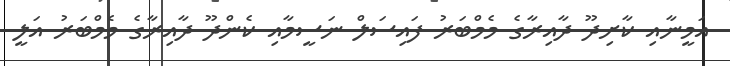
އަމީނާއި ކާށިދޫ ދާއިރާގެ މެމްބަރު ފައިސަލް ނަސީމާއި ކެންދޫ ދާއިރާގެ މެމްބަރު އަލީ